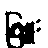
ဖြူး